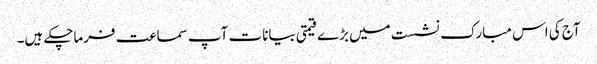
آج کی اس مبارک نشست میں بڑے قیمتی بیانات آپ سماعت فرماچکے ہیں۔